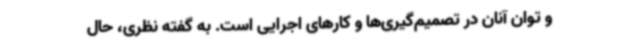
و توان آنان در تصمیم‌گیری‌ها و کارهای اجرایی است. به گفته نظری، حال